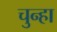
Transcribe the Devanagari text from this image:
चुन्हा